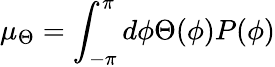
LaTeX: \mu_{\Theta}=\int_{-\pi}^{\pi}d\phi\Theta(\phi)P(\phi)